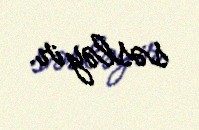
səsləyir.